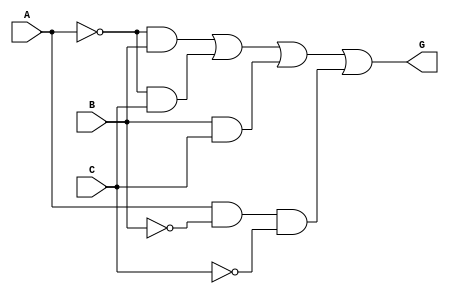
module lab_003_parta (
  input A, B, C,
  output G
);

  assign G = ( ~A & B ) | ( ~A & C ) | ( B & C ) | ( A & ~B & ~C );

endmodule